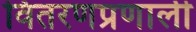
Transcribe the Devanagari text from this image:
वितरणप्रणाली